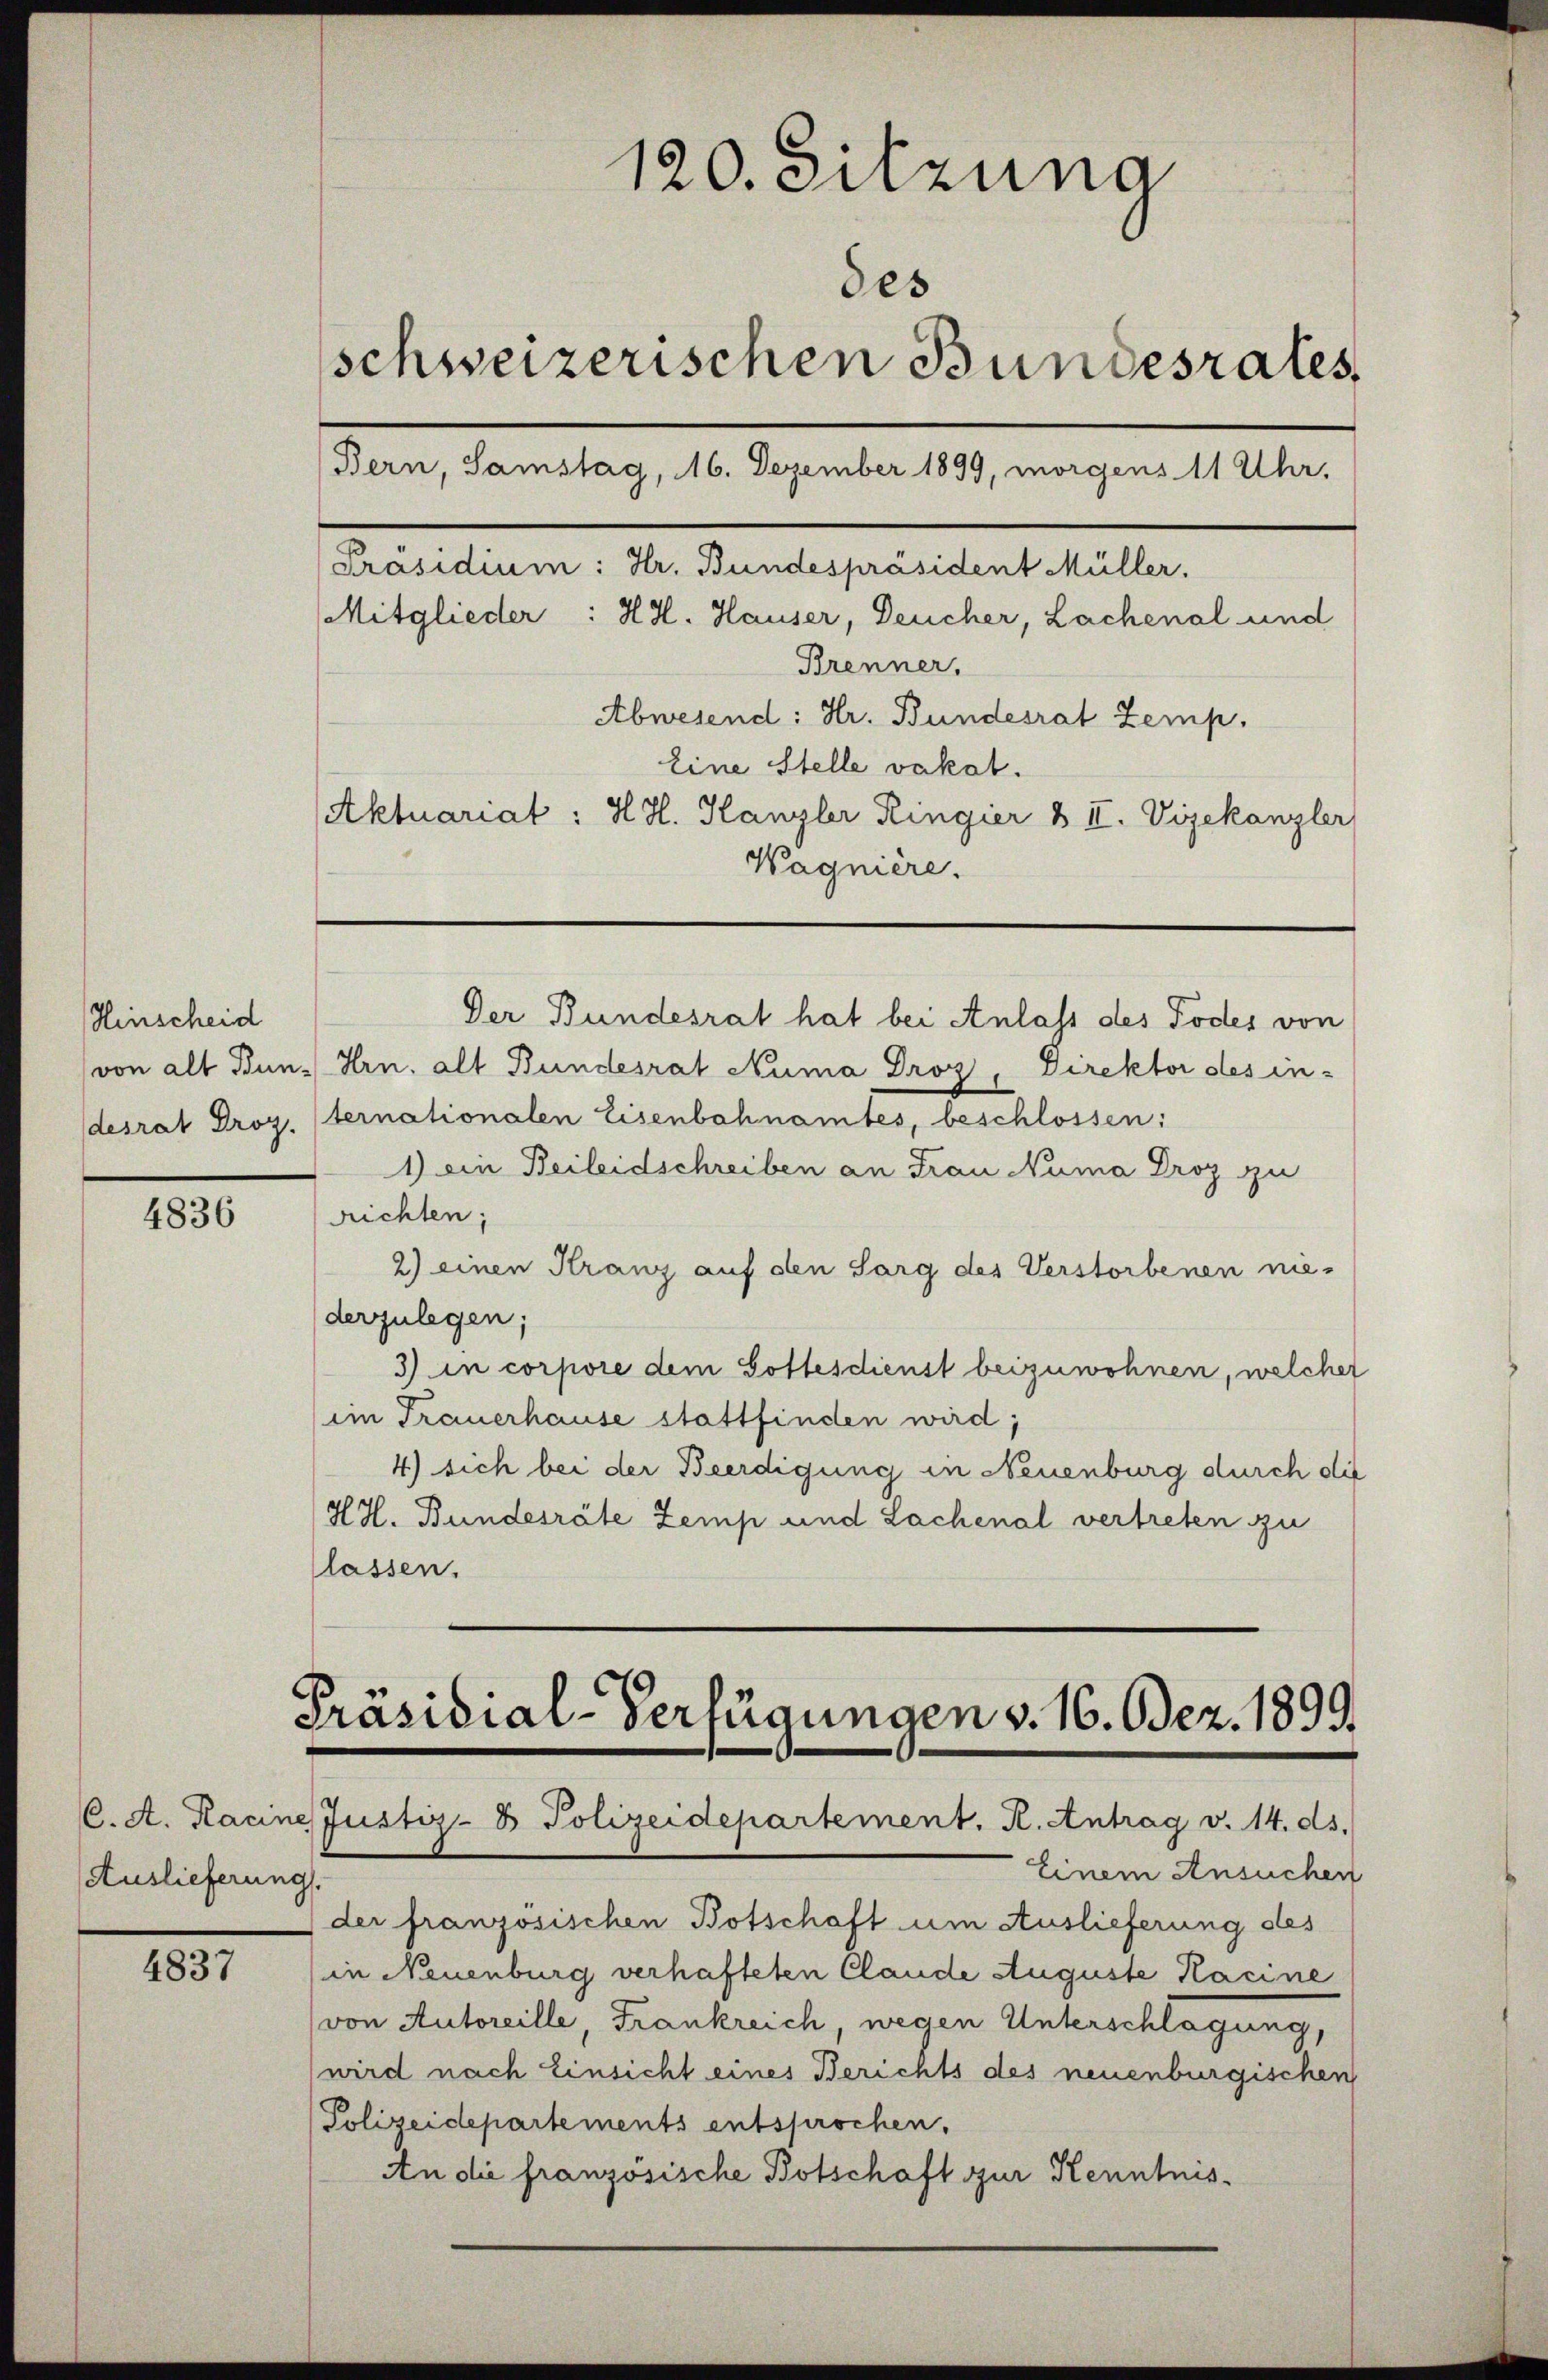
Hinscheid

4836

Auslieferung

4837

120. Sitzung
des
schweizerischen Bundesrates,
Bern, Samstag, 16. Dezember 1899, morgens 11 Uhr,
[Präsidium: Hr. Bundespräsident Müller.
Mitglieder : HH. Hauser, Deucher, Lachenal und
Brenner,
Abwesend: Hr. Bundesrat Zemp.
Eine Stelle vakat.
Aktuariat : HH. Kanzler Ringier & II. Vizekanzler
Wagnière.

Der Bundesrat hat bei Anlass des Todes von
von alt Bund Hrn. alt Bundesrat Numa Droz, Direktor des in-
desrat Droz. Sternationalen Eisenbahnamtes, beschlossen:
1) Die Beileidschreiben an Frau Numa Droz zu
Richten;
2) einen Kranz auf den Sarg des Verstorbenen nie-
derzulegen;
3) in corpore dem Gottesdienst beizuwohnen, welcher
im Trauerhause stattfinden wird;
4) sich bei der Beerdigung in Neuenburg durch die
HH. Bundesräte Zemp und Lachenal vertreten zu
lassen.

Präsidial-Verfügungen v. 16. Dez. 1899.
C. A. Kacine Justiz- & Polizeidepartement. R. Antrag v. 14. ds.

Einem Ansuchen
.
der französischen Botschaft um Auslieferung des
in Neuenburg verhafteten Claude Auguste Kacine
(von Autoreille, Frankreich, wegen Unterschlagung,
wird nach Einsicht eines Berichts des neuenburgischen
Polizeidepartements entsprochen.
An die französische Botschaft zur Kenntnis¬